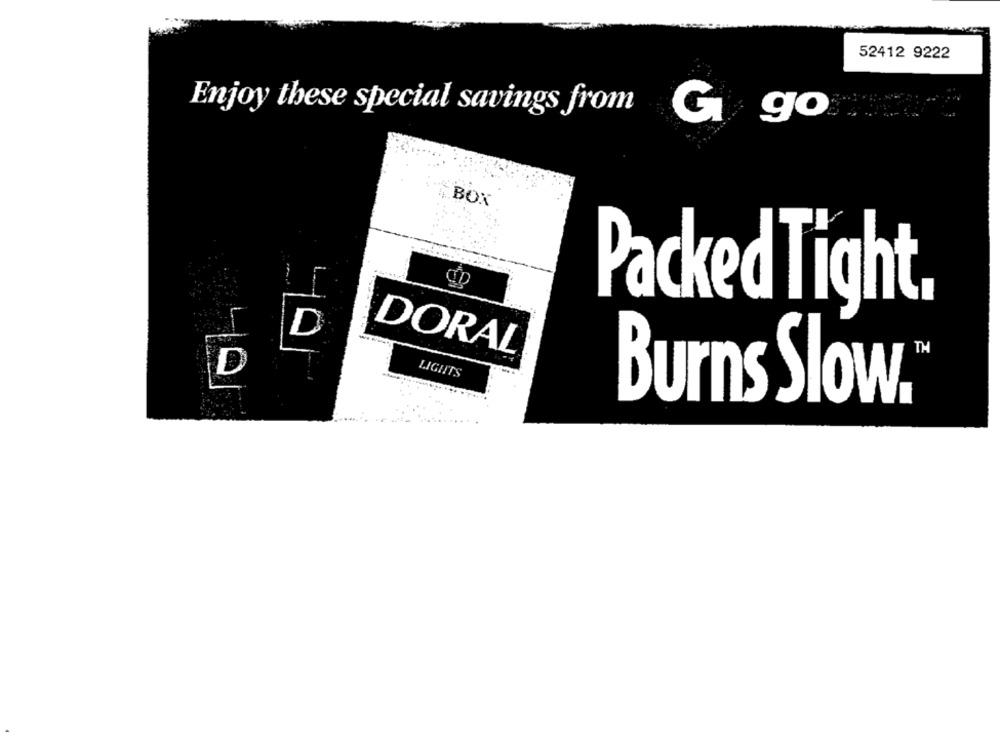
52412 9222
Enjoy these special savings from
G
go
BOX
L-
Packed Tight,
D
DORAL
D
LIGHTS
Burns Slow.